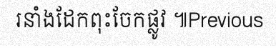
រនាំងដែកពុះចែកផ្លូវ ៕Previous